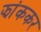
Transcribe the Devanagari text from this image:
झांककर